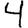
Digit: 4